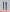
Text: 11